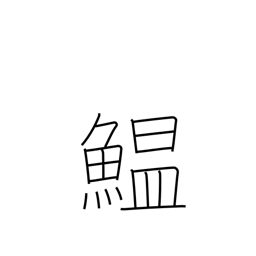
Meaning: sardine